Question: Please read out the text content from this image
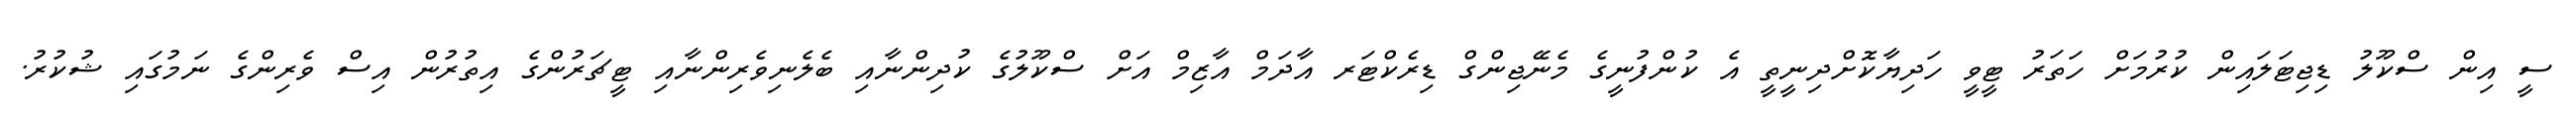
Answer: ސީ އިން ސްކޫލު ޑިޖިޓަލައިން ކުރުމަށް ހަތަރު ޓީވީ ހަދިޔާކޮށްދިނީތީ އެ ކުންފުނީގެ މެނޭޖިންގް ޑިރެކްޓަރ އާދަމް އާޒިމް އަށް ސްކޫލުގެ ކުދިންނާއި ބެލެނިވެރިންނާއި ޓީޗަރުންގެ އިތުރުން އިސް ވެރިންގެ ނަމުގައި ޝުކުރު.